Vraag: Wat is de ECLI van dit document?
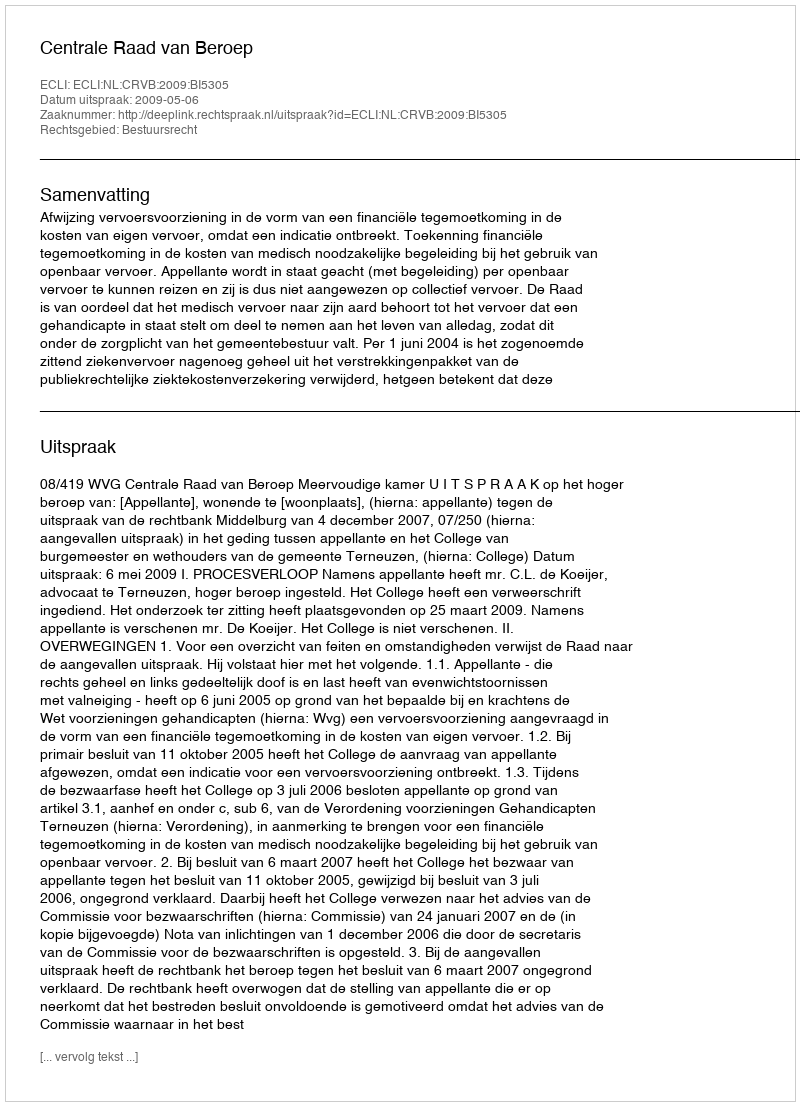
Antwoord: ECLI:NL:CRVB:2009:BI5305